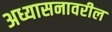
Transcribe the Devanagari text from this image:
अध्यासनावरील